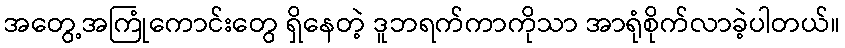
အတွေ့အကြုံကောင်းတွေ ရှိနေတဲ့ ဒူဘရက်ကာကိုသာ အာရုံစိုက်လာခဲ့ပါတယ်။